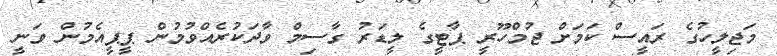
މަޖިލީހުގެ ރައީސް ކަމަށް ޖުމްހޫރީ ޕާޓީގެ ލީޑަރު ގާސިމް ވާދަކުރެއްވުމުން ޕީޕީއެމުން ވަނީ